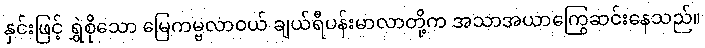
နှင်းဖြင့် ရွှဲစိုသော မြေကမ္ဗလာဝယ် ချယ်ရီပန်းမာလာတို့က အသာအယာကြွေဆင်းနေသည်။